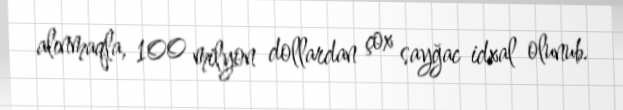
alınmaqla, 100 milyon dollardan çox sayğac idxal olunub.